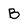
Character: B